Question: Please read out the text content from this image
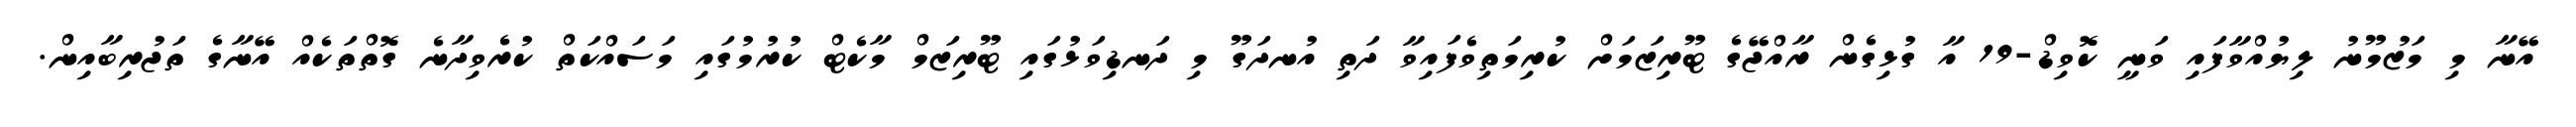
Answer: އޭނާ މި މަޒުމޫނު ލިޔުއްވާފައި ވަނީ ކޮވިޑް-19 އާ ގުޅިގެން ރާއްޖޭގެ ޓޫރިޒަމަށް ކުރިމަތިވެފައިވާ ދަތި އުނދަގޫ މި ދަނޑިވަޅުގައި ޓޫރިޒަމް މާކެޓް ކުރުމުގައި މަސައްކަތް ކުރެވިދާނެ ގޮތްތަކެއް އޭނާގެ ތަޖުރިބާއިން.